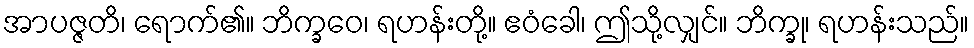
အာပဇ္ဇတိ၊ ရောက်၏။ ဘိက္ခဝေ၊ ရဟန်းတို့။ ဧဝံခေါ၊ ဤသို့လျှင်။ ဘိက္ခု၊ ရဟန်းသည်။